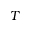
T